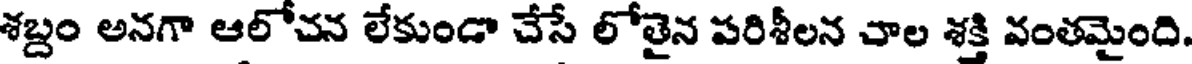
శబ్దం అనగా ఆలోచన లేకుండా చేసే లోతైన పరిశీలన చాల శక్తి వంతమైంది.